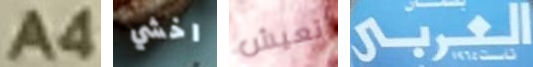
A4 اخشي تعيش العربي